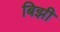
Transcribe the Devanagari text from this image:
बिझी